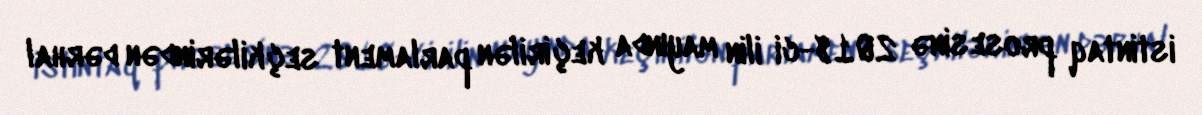
istintaq prosesinə 2018-ci ilin mayında keçirilən parlament seçkilərindən dərhal